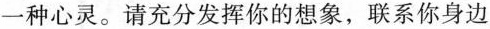
一种心灵。请充分发挥你的想象，联系你身边